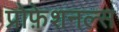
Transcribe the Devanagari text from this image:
प्रोफ़ेशनल्स